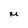
Character: M